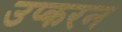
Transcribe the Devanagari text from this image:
उप्करन